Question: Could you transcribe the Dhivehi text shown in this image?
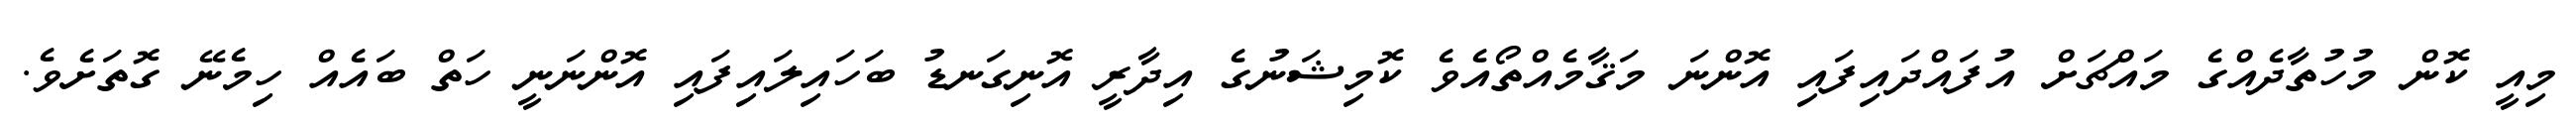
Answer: މިއީ ކޮން މުހުތާދެއްގެ މައްޗަށް އުފައްދައިފައި އޮންނަ މަޤާމެއްތޯއެވެ ކޮމިޝަނުގެ އިދާރީ އޮނިގަނޑު ބަހައިލައިފައި އޮންނަނީ ހަތް ބައެއް ހިމެނޭ ގޮތަށެވެ.